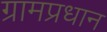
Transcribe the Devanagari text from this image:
ग्रामप्रधान